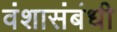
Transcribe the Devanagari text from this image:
वंशासंबंधी